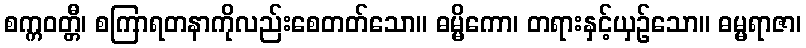
စက္ကဝတ္တီ၊ စကြာရတနာကိုလည်းစေတတ်သော။ ဓမ္မိကော၊ တရားနှင့်ယှဉ်သော။ ဓမ္မရာဇာ၊